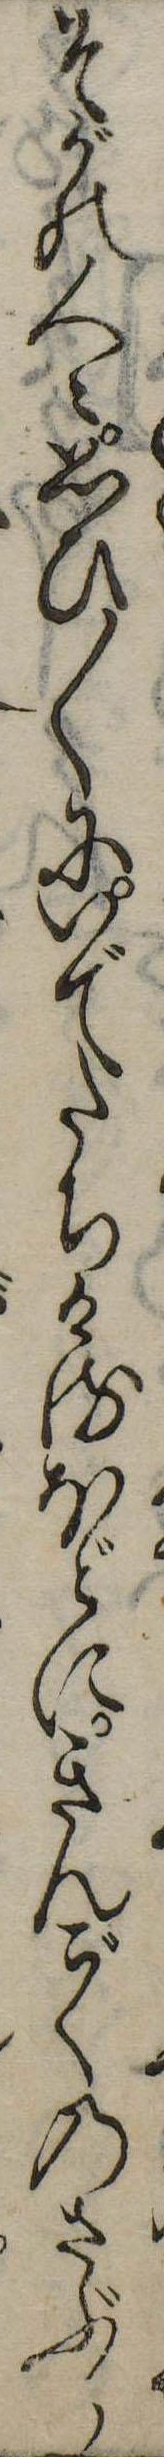
そがの人々思ひ〱にいでたちけるほどにきんごくのさぶら